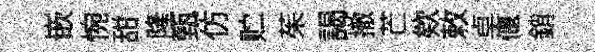
嵌惋甜隆甄仿贮茱謁撤芒欸敕卓偃銷